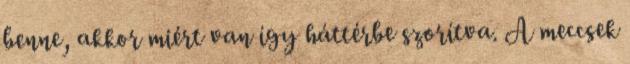
benne, akkor miért van így háttérbe szorítva. A meccsek